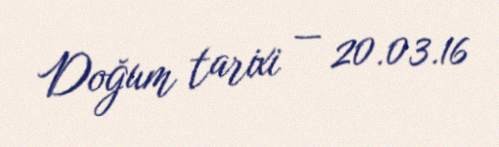
Doğum tarixi — 20.03.16